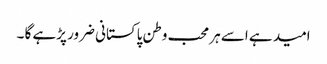
امید ہے اسے ہر محب وطن پاکستانی ضرور پڑہے گا ۔